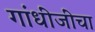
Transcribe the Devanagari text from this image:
गांधींजींचा